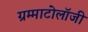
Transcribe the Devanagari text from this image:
ग्रम्माटोलॉजी